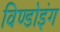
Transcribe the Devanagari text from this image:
विण्डोइंग